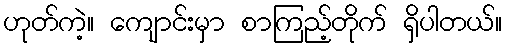
ဟုတ်ကဲ့။ ကျောင်းမှာ စာကြည့်တိုက် ရှိပါတယ်။